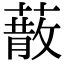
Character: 𦺻